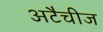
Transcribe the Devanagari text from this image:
अटैचीज